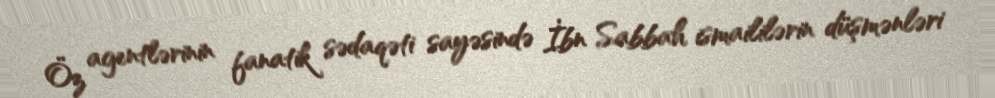
Öz agentlərinin fanatik sədaqəti sayəsində İbn Sabbah ismaililərin düşmənləri